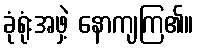
ခုံရုံးအဖှဲ့ နောကျကြ၏။